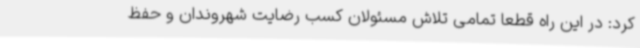
کرد: در این راه قطعاً تمامی تلاش مسئولان کسب رضایت شهروندان و حفظ